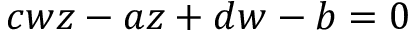
\, c w z - a z + d w - b = 0